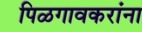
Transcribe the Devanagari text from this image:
पिळगावकरांना